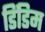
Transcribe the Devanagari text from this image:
डिंडिम